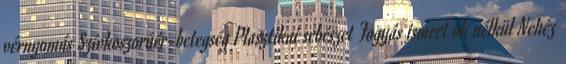
vérnyomás Szívkoszorúér-betegség Plasztikai sebészet Fogyás ismert ok nélkül Nehéz